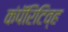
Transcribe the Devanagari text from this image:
कंपॅरिटिव्ह